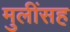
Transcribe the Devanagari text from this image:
मुलींसह